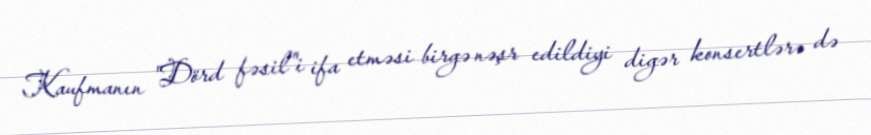
Kaufmanın "Dörd fəsil"i ifa etməsi birgə nəşr edildiyi digər konsertlərə də